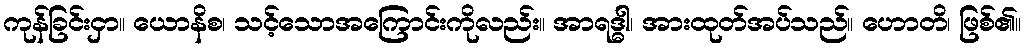
ကုန်ခြင်းငှာ။ ယောနိစ၊ သင့်သောအကြောင်းကိုလည်း။ အာရဒ္ဓါ၊ အားထုတ်အပ်သည်။ ဟောတိ၊ ဖြစ်၏။